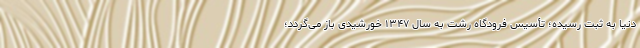
دنیا به ثبت رسیده؛ تأسیس فرودگاه رشت به سال ۱۳۴۷ خورشیدی باز می‌گردد؛